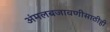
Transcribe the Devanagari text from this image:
अंमलबजावणीसाठीही